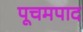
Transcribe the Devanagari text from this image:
पूचमपाद